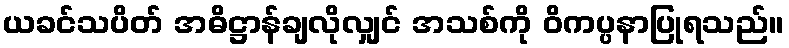
ယခင်သပိတ် အဓိဋ္ဌာန်ချလိုလျှင် အသစ်ကို ဝိကပ္ပနာပြုရသည်။